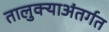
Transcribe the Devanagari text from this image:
तालुक्याअंतर्गत